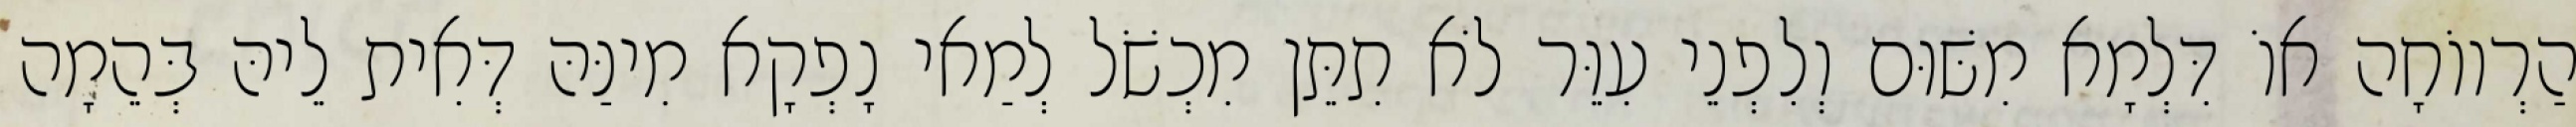
הַרְווֹחָה אוֹ דִּלְמָא מִשּׁוּם וְלִפְנֵי עִוֵּר לֹא תִתֵּן מִכְשֹׁל לְמַאי נָפְקָא מִינַּהּ דְּאִית לֵיהּ בְּהֵמָה